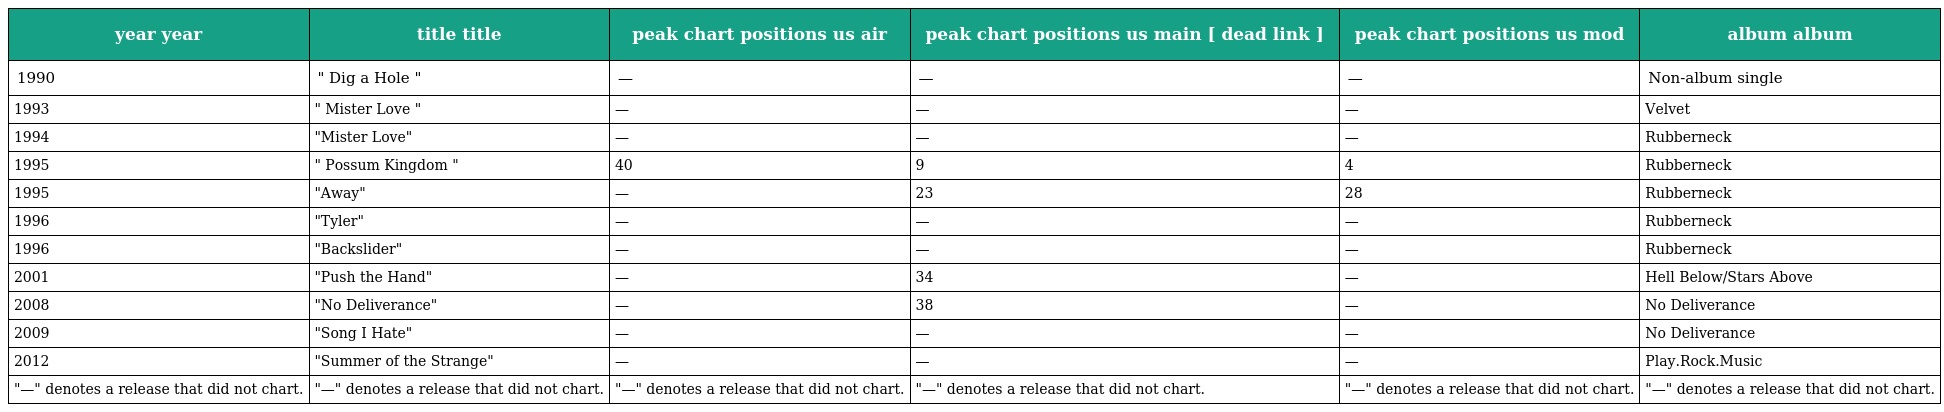
| year year | title title | peak chart positions us air | peak chart positions us main [ dead link ] | peak chart positions us mod | album album |
 | --- | --- | --- | --- | --- | --- |
 | 1990 | " Dig a Hole " | — | — | — | Non-album single |
 | 1993 | " Mister Love " | — | — | — | Velvet |
 | 1994 | "Mister Love" | — | — | — | Rubberneck |
 | 1995 | " Possum Kingdom " | 40 | 9 | 4 | Rubberneck |
 | 1995 | "Away" | — | 23 | 28 | Rubberneck |
 | 1996 | "Tyler" | — | — | — | Rubberneck |
 | 1996 | "Backslider" | — | — | — | Rubberneck |
 | 2001 | "Push the Hand" | — | 34 | — | Hell Below/Stars Above |
 | 2008 | "No Deliverance" | — | 38 | — | No Deliverance |
 | 2009 | "Song I Hate" | — | — | — | No Deliverance |
 | 2012 | "Summer of the Strange" | — | — | — | Play.Rock.Music |
 | "—" denotes a release that did not chart. | "—" denotes a release that did not chart. | "—" denotes a release that did not chart. | "—" denotes a release that did not chart. | "—" denotes a release that did not chart. | "—" denotes a release that did not chart. |